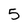
Character: 5